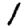
Digit: 1